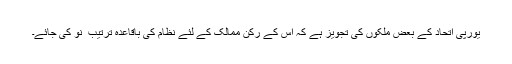
یورپی اتّحاد کے بعض مُلکوں کی تجویز ہے کہ اُس کے رُکن ممالک کے لئے نظام کی باقاعدہ ترتیب ِ نو کی جائے۔